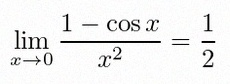
\lim_{x\to0}\frac{1-\cos x}{x^2}=\frac12